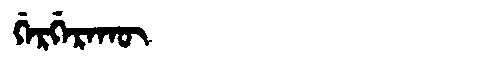
Manchu: ᡤᡝᡵᡤᡝᡵᠠᡴᡡ
Romanization: GERGERAKŪ